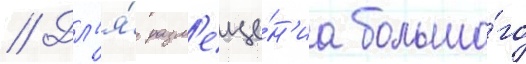
// Дл'я́ разм'еще́н'иа большо́го